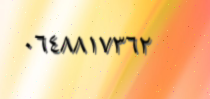
٠٦٤٨٨١٧٣٦٢